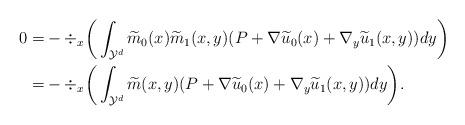
LaTeX: \begin{align*}0=&-\div_x \bigg(\int_{\mathcal{Y}^d}\widetilde{m}_0 (x )\widetilde{m}_1 (x,y ) (P+\nabla\widetilde{u}_0 (x )+\nabla_y\widetilde{u}_1 (x,y ) )dy\bigg )\\=&-\div_x \bigg(\int_{\mathcal{Y}^d}\widetilde{m} (x,y ) (P+\nabla\widetilde{u}_0 (x )+\nabla_y\widetilde{u}_1 (x,y ) )dy\bigg ).\end{align*}